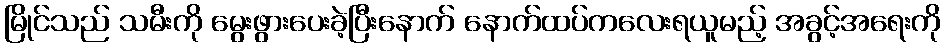
မြိုင်သည် သမီးကို မွေးဖွားပေးခဲ့ပြီးနောက် နောက်ထပ်ကလေးရယူမည့် အခွင့်အရေးကို